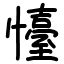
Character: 懛